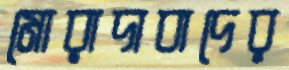
মোরাদাবাদের